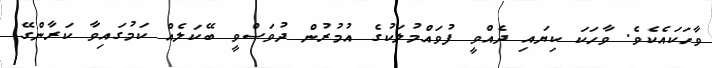
ވާހަކައެކެވެ. ވާހަކަ ކިޔައި ދެއްވީ ފުވައްމުލަކުގެ އުމުރުން ދުވަސްވީ ބޭކަލެއް ކަމުގައިވާ ކަރާންގޭ